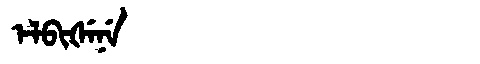
Manchu: ᡝᠯᠪᡳᡧᡝᠨᡝ
Romanization: ELBIŠENE